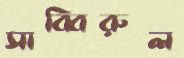
সাব্বিরুল